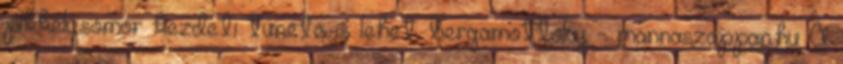
pikkelysömör kezdeti tünete is lehet. bergamottolaj - mannaszappan.hu A